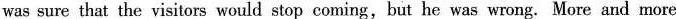
was sure that the visitors would stop coming,but he was wrong. More and more